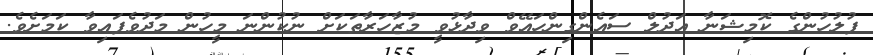
ފުލުހުންގެ ކޮމިޝަނާ އަދުލް ސައެންގިންހައޭވް ވިދާޅުވީ މުޒާހަރާތަކަށް ނުކުންނަ މީހުން މަދުވެފައިވާ ކަމަށެވެ.